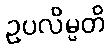
ဥပလိမ္ပတိ